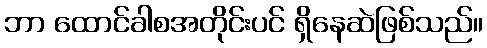
ဘာ ထောင်ခါစအတိုင်းပင် ရှိနေဆဲဖြစ်သည်။